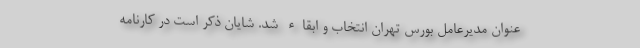
عنوان مدیرعامل بورس تهران انتخاب و ابقاء شد. شایان ذکر است در کارنامه